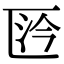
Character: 𠥴